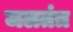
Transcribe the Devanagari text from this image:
जलतंत्र